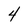
Character: 4